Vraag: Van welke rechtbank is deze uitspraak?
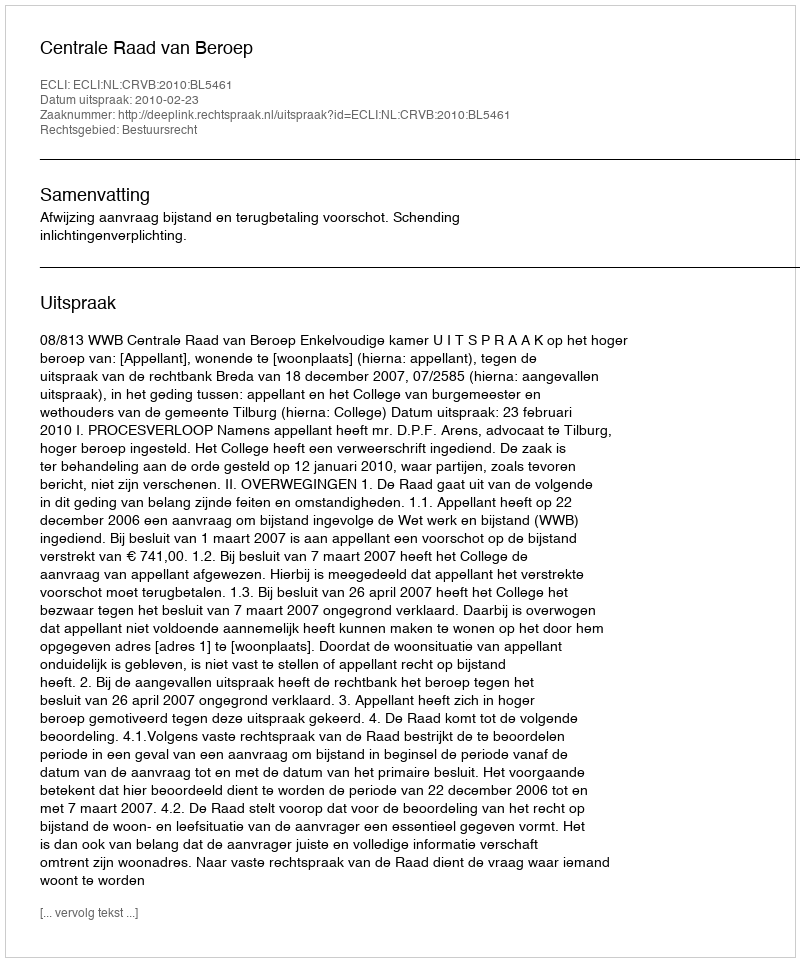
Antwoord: Centrale Raad van Beroep